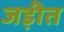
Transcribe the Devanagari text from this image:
जड़ीत